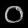
Digit: ၀